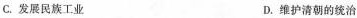
C.发展民族工业 D.维护清朝的统治